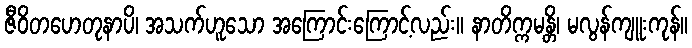
ဇီဝိတဟေတုနာပိ၊ အသက်ဟူသော အကြောင်းကြောင့်လည်း။ နာတိက္ကမန္တိ၊ မလွန်ကျူးကုန်။